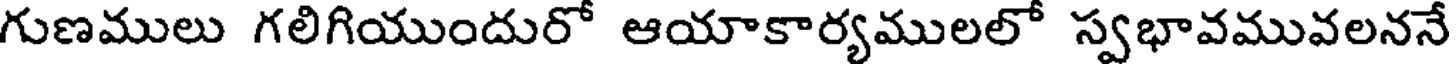
గుణములు గలిగియుందురో ఆయాకార్యములలో స్వభావమువలననే